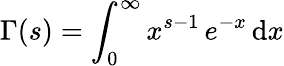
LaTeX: \Gamma(s)=\int_{0}^{\infty}x^{s-1}\, e^{-x}\, \mathrm{d}x